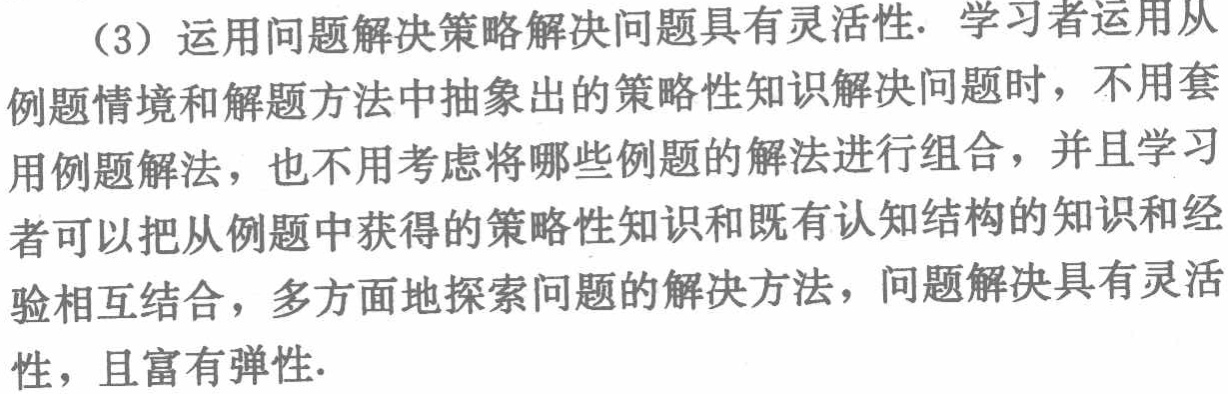
（3）运用问题解决策略解决问题具有灵活性. 学习者运用从例题情境和解题方法中抽象出的策略性知识解决问题时，不用套用例题解法，也不用考虑将哪些例题的解法进行组合，并且学习者可以把从例题中获得的策略性知识和既有认知结构的知识和经验相互结合，多方面地探索问题的解决方法，问题解决具有灵活性，且富有弹性.